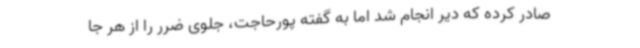
صادر کرده که دیر انجام شد اما به گفته پورحاجت، جلوی ضرر را از هر جا